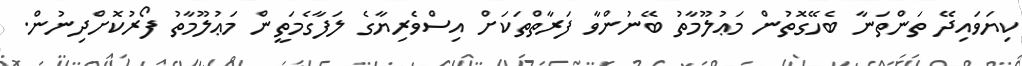
ކިޔަވައިދޭ ތަންތަނާ ބެހޭގޮތުން މަޢުލޫމާތު ބޭނުންވާ ފަރާތްތަކަށް އިސްވެރިޔާގެ ލަފާގެމަތީން މަޢުލޫމާތު ފޯރުކޮށްދިނުން.